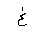
Letter: _gayn